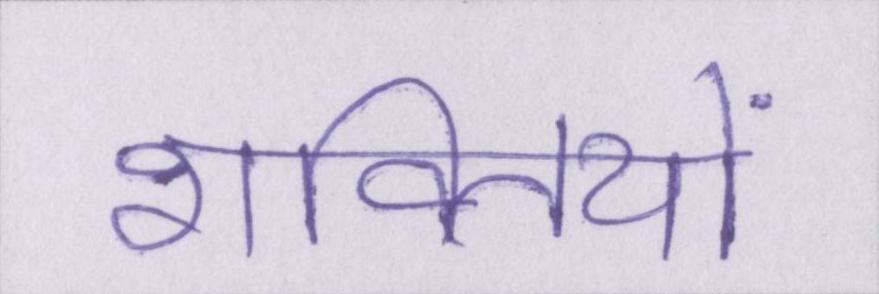
शक्तियों